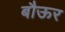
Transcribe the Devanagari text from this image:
बौऊर